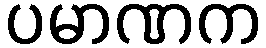
ပမာဏက